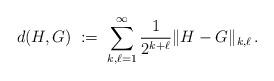
LaTeX: \begin{align*}d(H,G)\;:=\;\sum_{k,\ell=1}^\infty \frac{1}{2^{k+\ell}}\Vert H-G\Vert_{k,\ell}\,.\end{align*}